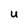
Character: u